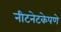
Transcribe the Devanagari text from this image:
नीटनेटकेपणे